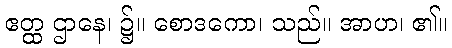
ဧတ္ထ ဌာနေ၊ ၌။ စောဒကော၊ သည်။ အာဟ၊ ၏။